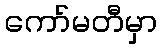
ကော်မတီမှာ